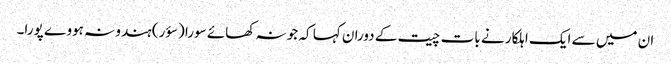
ان میں سے ایک اہلکار نے بات چیت کے دوران کہا کہ جو نہ کھائے سورا (سؤر) ہندو نہ ہووے پورا۔